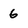
Character: 6